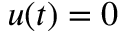
u ( t ) = 0